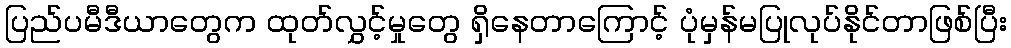
ပြည်ပမီဒီယာတွေက ထုတ်လွှင့်မှုတွေ ရှိနေတာကြောင့် ပုံမှန်မပြုလုပ်နိုင်တာဖြစ်ပြီး